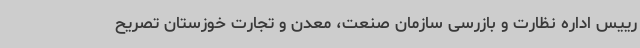
رییس اداره نظارت و بازرسی سازمان صنعت، معدن و تجارت خوزستان تصریح